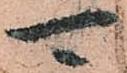
可